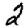
Digit: 2